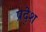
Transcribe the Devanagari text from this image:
प्रदे्श